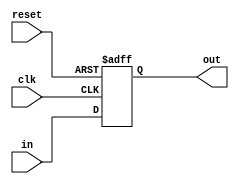
module PC(reset, clk, in, out);

    input reset, clk;
    input [31:0] in;
    output [31:0] out;

    reg [31:0] register_PC;

    assign out = register_PC;

    always @(posedge reset or posedge clk)
        if (reset)
            register_PC <= 32'h00400000;
        else
            register_PC <= in;

endmodule